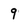
Character: 9